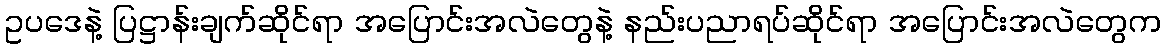
ဥပဒေနဲ့ ပြဋ္ဌာန်းချက်ဆိုင်ရာ အပြောင်းအလဲတွေနဲ့ နည်းပညာရပ်ဆိုင်ရာ အပြောင်းအလဲတွေက